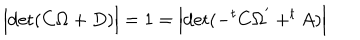
LaTeX: \Bigl | \mathrm { d e t } ( C \Omega + D ) \Bigr | = 1 = \Bigl | \mathrm { d e t } ( - ^ { t } C \Omega ^ { ' } + ^ { t } A ) \Bigr |